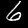
Label: 6